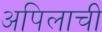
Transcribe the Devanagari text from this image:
अपिलाची